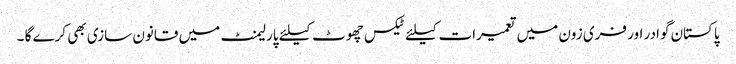
پاکستان گوادر اور فری زون میں تعمیرات کیلئے ٹیکس چھوٹ کیلئے پارلیمنٹ میں قانون سازی بھی کرے گا ۔